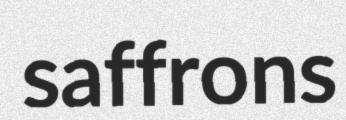
saffrons